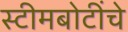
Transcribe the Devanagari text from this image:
स्टीमबोटींचे